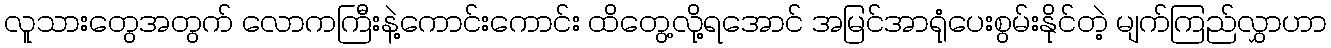
လူသားတွေအတွက် လောကကြီးနဲ့ကောင်းကောင်း ထိတွေ့လို့ရအောင် အမြင်အာရုံပေးစွမ်းနိုင်တဲ့ မျက်ကြည်လွှာဟာ